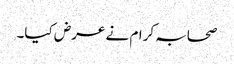
صحابہ کرام نے عرض کیا۔